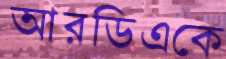
আরডিএকে